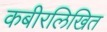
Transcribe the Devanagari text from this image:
कबीरलिखित